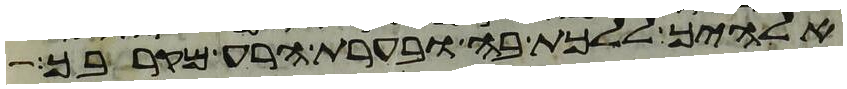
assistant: אלהיך ללכת בה ובערת הרע מקרבך